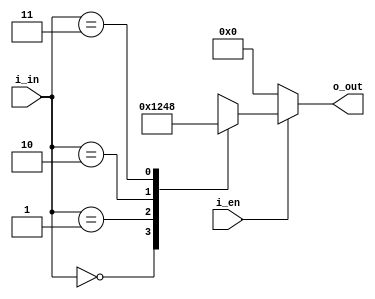
module dec2_behavior
(
	output reg	[3:0]	o_out,
	input		[1:0]	i_in,
	input				i_en
);
																																				
always @(*) begin
	if (i_en == 1'b1) begin
		case(i_in)
			2'b00:	o_out	= 4'b0001;
			2'b01:	o_out	= 4'b0010;
			2'b10:	o_out	= 4'b0100;
			2'b11:	o_out	= 4'b1000;
		endcase
	end else begin
		o_out	= 4'b0;
	end
end

endmodule

module dec2_dataflow
(
	output 		[3:0]	o_out,
	input		[1:0]	i_in,
	input				i_en
);
																																				
	assign o_out	= (i_en == 1'b1) ? (4'd1 << i_in) : 4'd0;

endmodule